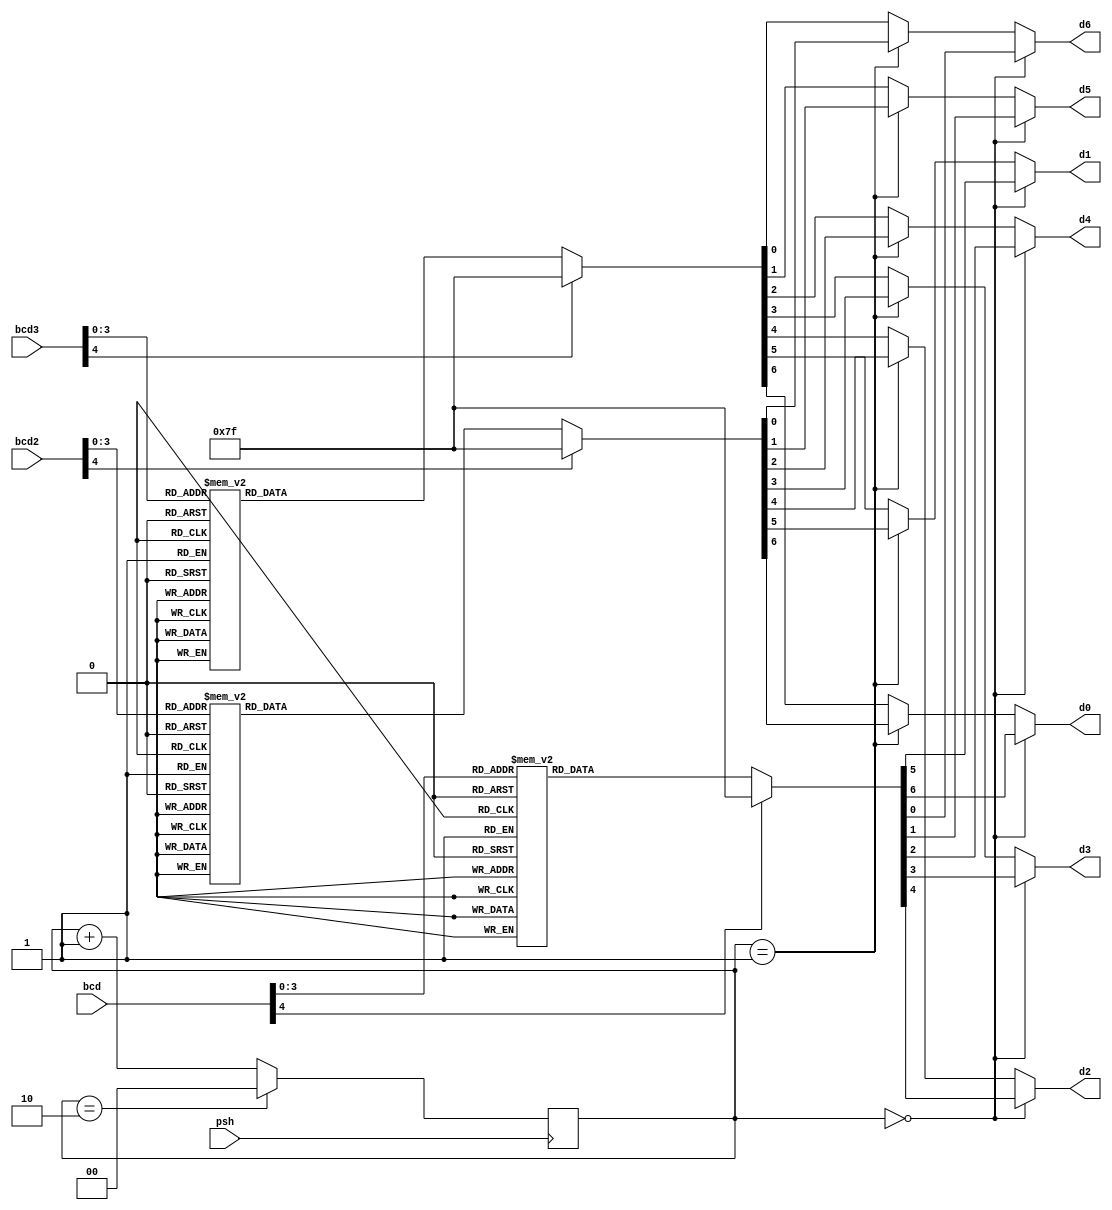
module segment7(
     //Declare inputs,outputs and internal variables.
     input [4:0] bcd, bcd2, bcd3,
	  input psh,
     output reg d0, d1, d2, d3, d4, d5, d6
    );
	 
	parameter firstThird = 2'b00;
	parameter secondThird = 2'b01;
	parameter lastThird = 2'b10;
	reg [1:0] mode = firstThird;
	always @(posedge psh) begin
		if(mode == lastThird) mode <= firstThird;
		else mode <= mode +1; 
	end
	//always block for converting bcd digit into 7 segment format
    always @(bcd)
    begin
		if(mode == firstThird) begin
        case (bcd) //case statement
            0 : {d0, d1, d2, d3, d4, d5, d6}  = 7'b0000001;
            1 : {d0, d1, d2, d3, d4, d5, d6}  = 7'b1001111;
            2 : {d0, d1, d2, d3, d4, d5, d6}  = 7'b0010010;
            3 : {d0, d1, d2, d3, d4, d5, d6}  = 7'b0000110;
            4 : {d0, d1, d2, d3, d4, d5, d6}  = 7'b1001100;
            5 : {d0, d1, d2, d3, d4, d5, d6}  = 7'b0100100;
            6 : {d0, d1, d2, d3, d4, d5, d6}  = 7'b0100000;
            7 : {d0, d1, d2, d3, d4, d5, d6}  = 7'b0001111;
            8 : {d0, d1, d2, d3, d4, d5, d6}  = 7'b0000000;
            9 : {d0, d1, d2, d3, d4, d5, d6}  = 7'b0000100;
				10 : {d0, d1, d2, d3, d4, d5, d6} = 7'b0001000;
				11 : {d0, d1, d2, d3, d4, d5, d6} = 7'b1100000;
				12 : {d0, d1, d2, d3, d4, d5, d6} = 7'b0110001;
				13 : {d0, d1, d2, d3, d4, d5, d6} = 7'b1000010;
				14 : {d0, d1, d2, d3, d4, d5, d6} = 7'b0110000;
				15 : {d0, d1, d2, d3, d4, d5, d6} = 7'b0111000;
            //switch off 7 segment character when the bcd digit is not a decimal number.
            default : {d0, d1, d2, d3, d4, d5, d6} = 7'b1111111; 
        endcase
		end else if(mode == secondThird) begin
			case (bcd2) //case statement
            0 : {d0, d1, d2, d3, d4, d5, d6}  = 7'b0000001;
            1 : {d0, d1, d2, d3, d4, d5, d6}  = 7'b1001111;
            2 : {d0, d1, d2, d3, d4, d5, d6}  = 7'b0010010;
            3 : {d0, d1, d2, d3, d4, d5, d6}  = 7'b0000110;
            4 : {d0, d1, d2, d3, d4, d5, d6}  = 7'b1001100;
            5 : {d0, d1, d2, d3, d4, d5, d6}  = 7'b0100100;
            6 : {d0, d1, d2, d3, d4, d5, d6}  = 7'b0100000;
            7 : {d0, d1, d2, d3, d4, d5, d6}  = 7'b0001111;
            8 : {d0, d1, d2, d3, d4, d5, d6}  = 7'b0000000;
            9 : {d0, d1, d2, d3, d4, d5, d6}  = 7'b0000100;
				10 : {d0, d1, d2, d3, d4, d5, d6} = 7'b0001000;
				11 : {d0, d1, d2, d3, d4, d5, d6} = 7'b1100000;
				12 : {d0, d1, d2, d3, d4, d5, d6} = 7'b0110001;
				13 : {d0, d1, d2, d3, d4, d5, d6} = 7'b1000010;
				14 : {d0, d1, d2, d3, d4, d5, d6} = 7'b0110000;
				15 : {d0, d1, d2, d3, d4, d5, d6} = 7'b0111000;
            //switch off 7 segment character when the bcd digit is not a decimal number.
            default : {d0, d1, d2, d3, d4, d5, d6} = 7'b1111111; 
        endcase
		 end else begin
			case (bcd3) //case statement
            0 : {d0, d1, d2, d3, d4, d5, d6}  = 7'b0000001;
            1 : {d0, d1, d2, d3, d4, d5, d6}  = 7'b1001111;
            2 : {d0, d1, d2, d3, d4, d5, d6}  = 7'b0010010;
            3 : {d0, d1, d2, d3, d4, d5, d6}  = 7'b0000110;
            4 : {d0, d1, d2, d3, d4, d5, d6}  = 7'b1001100;
            5 : {d0, d1, d2, d3, d4, d5, d6}  = 7'b0100100;
            6 : {d0, d1, d2, d3, d4, d5, d6}  = 7'b0100000;
            7 : {d0, d1, d2, d3, d4, d5, d6}  = 7'b0001111;
            8 : {d0, d1, d2, d3, d4, d5, d6}  = 7'b0000000;
            9 : {d0, d1, d2, d3, d4, d5, d6}  = 7'b0000100;
				10 : {d0, d1, d2, d3, d4, d5, d6} = 7'b0001000;
				11 : {d0, d1, d2, d3, d4, d5, d6} = 7'b1100000;
				12 : {d0, d1, d2, d3, d4, d5, d6} = 7'b0110001;
				13 : {d0, d1, d2, d3, d4, d5, d6} = 7'b1000010;
				14 : {d0, d1, d2, d3, d4, d5, d6} = 7'b0110000;
				15 : {d0, d1, d2, d3, d4, d5, d6} = 7'b0111000;
            //switch off 7 segment character when the bcd digit is not a decimal number.
            default : {d0, d1, d2, d3, d4, d5, d6} = 7'b1111111; 
			endcase
		 end
    end
    
endmodule